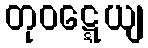
တုဝဋ္ဋေယျ